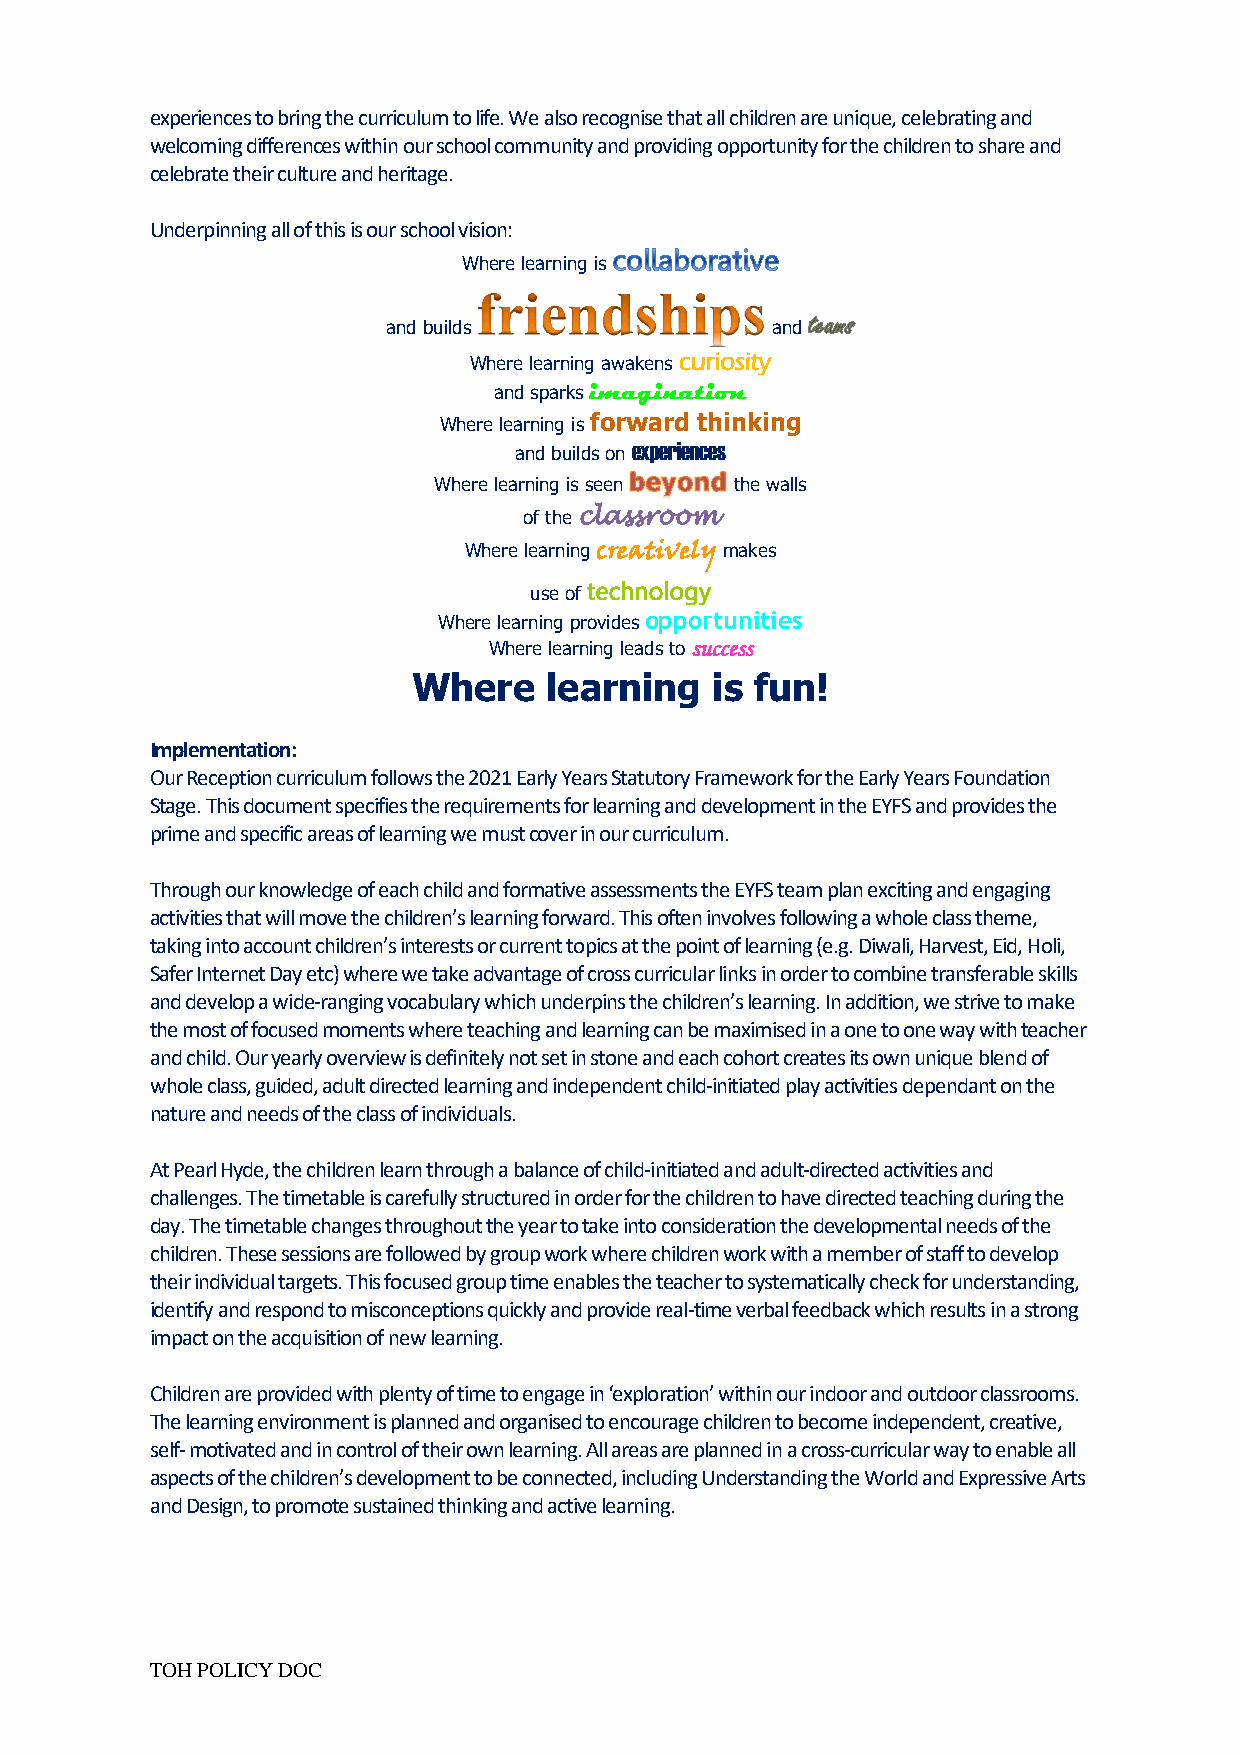
experiences to bring the curriculum to life. We also recognise that all children are unique, celebrating and
 welcoming differences within our school community and providing opportunity for the children to share and
 celebrate their culture and heritage.
 Underpinning all of this is our school vision:
 Where learning is
 and builds               and
 Where learning awakens curiosity
 and sparks imagination
 Where learning is forward thinking
 and builds on
 experiences
 Where learning is seen the walls
 of the classroom
 Where learning creatively makes
 use of technology
 Where learning provides opportunities
 Where learning leads to success
 Where    learning   is fun!
 Implementation:
 Our Reception curriculum follows the 2021 Early Years Statutory Framework for the Early Years Foundation
 Stage. This document specifies the requirements for learning and development in the EYFS and provides the
 prime and specific areas of learning we must cover in our curriculum.
 Through our knowledge of each child and formative assessments the EYFS team plan exciting and engaging
 activities that will move the children’s learning forward. This often involves following a whole class theme,
 taking into account children’s interests or current topics at the point of learning (e.g. Diwali, Harvest, Eid, Holi,
 Safer Internet Day etc) where we take advantage of cross curricular links in order to combine transferable skills
 and develop a wide-ranging vocabulary which underpins the children’s learning. In addition, we strive to make
 the most of focused moments where teaching and learning can be maximised in a one to one way with teacher
 and child. Our yearly overview is definitely not set in stone and each cohort creates its own unique blend of
 whole class, guided, adult directed learning and independent child-initiated play activities dependant on the
 nature and needs of the class of individuals.
 At Pearl Hyde, the children learn through a balance of child-initiated and adult-directed activities and
 challenges. The timetable is carefully structured in order for the children to have directed teaching during the
 day. The timetable changes throughout the year to take into consideration the developmental needs of the
 children. These sessions are followed by group work where children work with a member of staff to develop
 their individual targets. This focused group time enables the teacher to systematically check for understanding,
 identify and respond to misconceptions quickly and provide real-time verbal feedback which results in a strong
 impact on the acquisition of new learning.
 Children are provided with plenty of time to engage in ‘exploration’ within our indoor and outdoor classrooms.
 The learning environment is planned and organised to encourage children to become independent, creative,
 self- motivated and in control of their own learning. All areas are planned in a cross-curricular way to enable all
 aspects of the children’s development to be connected, including Understanding the World and Expressive Arts
 and Design, to promote sustained thinking and active learning.
 TOH POLICY DOC